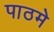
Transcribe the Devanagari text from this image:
पाठमे